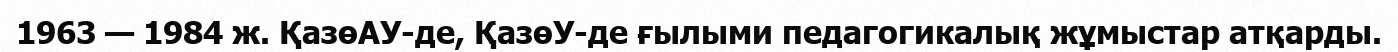
1963 — 1984 ж. ҚазөАУ-де, ҚазөУ-де ғылыми педагогикалық жұмыстар атқарды.